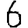
Digit: 6